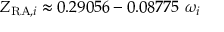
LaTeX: Z _ { { \mathrm { R A } } , i } \approx 0 . 2 9 0 5 6 - 0 . 0 8 7 7 5 \ \omega _ { i }